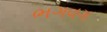
ભગવગ